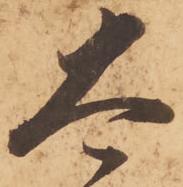
太